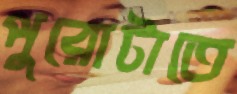
পুরোটাতে